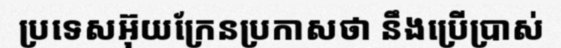
ប្រទេសអ៊ុយក្រែនប្រកាសថា នឹងប្រើប្រាស់